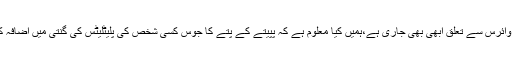
آج تک ڈینگی کا کوئی علاج نہیں تاہم ، پپیتا کے رس کے بارے میں تحقیق اور اس کا ڈینگی وائرس سے تعلق ابھی بھی جاری ہے،ہمیں کیا معلوم ہے کہ پپیتے کے پتے کا جوس کسی شخص کی پلیٹلیٹس کی گنتی میں اضافہ کرنے میں مدد کرتا ہے ، جو کسی شخص کے انفیکشن ہونے پر گرنے کے لئے جانا جاتا ہے۔